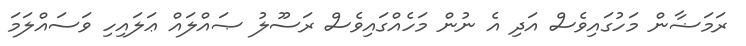
ރަމަޟާން މަހުގައިވެސް އަދި އެ ނުން މަހެއްގައިވެސް ރަސޫލު ޞައްލައް ޢަލައިހި ވަސައްލަމަ